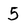
Character: 5